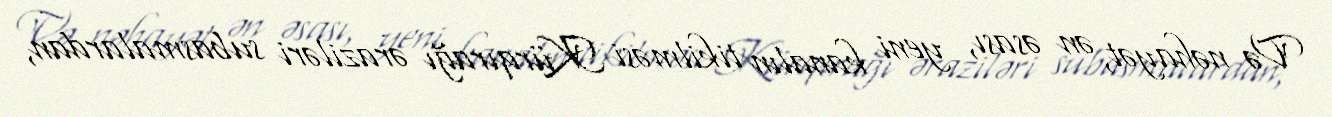
Və nəhayət, ən əsası, yeni kanalın tikilməsi Kürqırağı əraziləri subasmalardan,